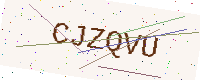
Text: CJZQVU